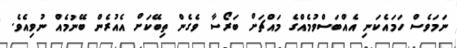
ނަމަވެސް ހަމައެކަނި އެއްބަސްވުމެއްގެ މައްޗަށް ބަރޯސާ ވެގެން ތިބޭކަށް އެއުރެން ބޭނުމެއް ނުވިއެވެ.